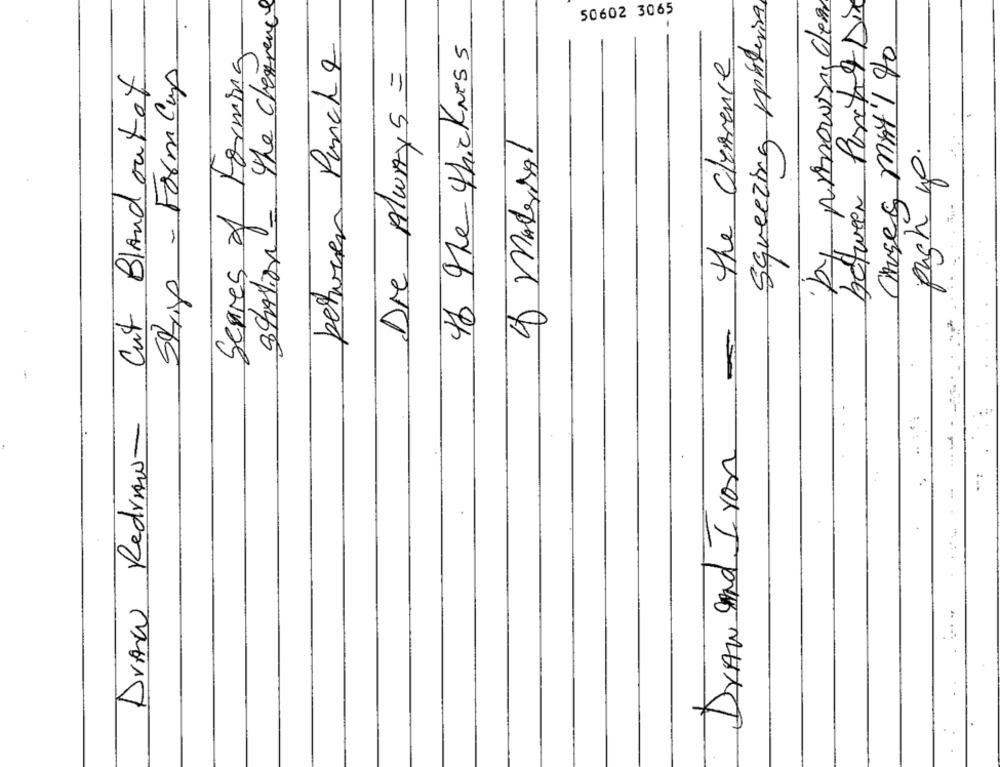
station= the cheffrance
Squeezing materia
by prnowin clem
between Purcha Dia
50602 3065
between Panche
46 The thickness
Sepres of Forming
Choses, may 1 90
the Clarence
Strip - Form Cup
Die Always =
Cut BlAnd out of
of material
push up.
-
Draw Redraw-
Draw and Iron
.
-